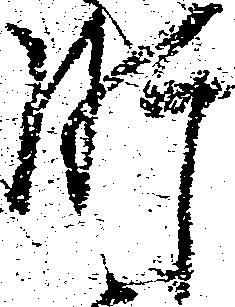
肝